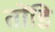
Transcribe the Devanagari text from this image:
तोंडि